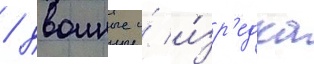
/ двоиные и́ и́зр'едка